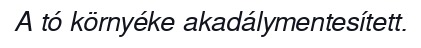
A tó környéke akadálymentesített.